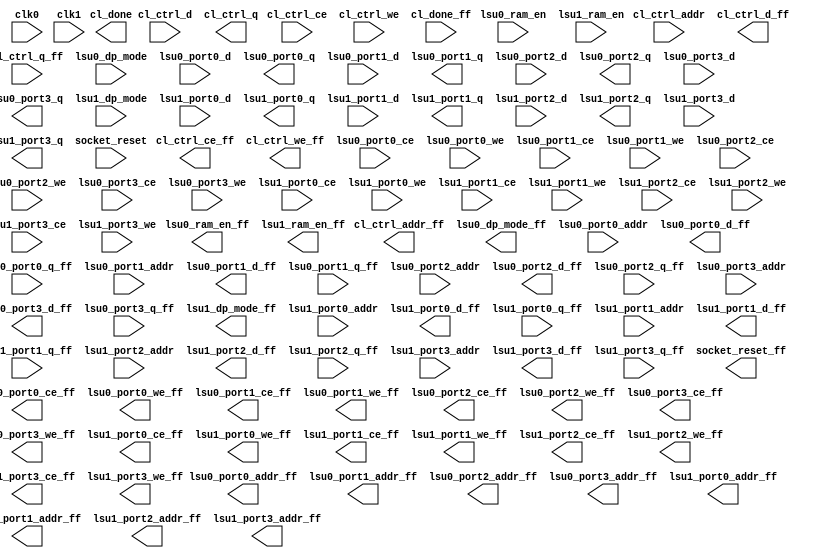
(* DONT_TOUCH="yes" *)
module ff_bridge(cl_ctrl_addr, cl_ctrl_addr_ff, cl_ctrl_ce, cl_ctrl_ce_ff, cl_ctrl_d, cl_ctrl_d_ff, cl_ctrl_q, cl_ctrl_q_ff, cl_ctrl_we, cl_ctrl_we_ff, cl_done, cl_done_ff, clk0, clk1, lsu0_dp_mode, lsu0_dp_mode_ff, lsu0_port0_addr, lsu0_port0_addr_ff, lsu0_port0_ce, lsu0_port0_ce_ff, lsu0_port0_d, lsu0_port0_d_ff, lsu0_port0_q, lsu0_port0_q_ff, lsu0_port0_we, lsu0_port0_we_ff, lsu0_port1_addr, lsu0_port1_addr_ff, lsu0_port1_ce, lsu0_port1_ce_ff, lsu0_port1_d, lsu0_port1_d_ff, lsu0_port1_q, lsu0_port1_q_ff, lsu0_port1_we, lsu0_port1_we_ff, lsu0_port2_addr, lsu0_port2_addr_ff, lsu0_port2_ce, lsu0_port2_ce_ff, lsu0_port2_d, lsu0_port2_d_ff, lsu0_port2_q, lsu0_port2_q_ff, lsu0_port2_we, lsu0_port2_we_ff, lsu0_port3_addr, lsu0_port3_addr_ff, lsu0_port3_ce, lsu0_port3_ce_ff, lsu0_port3_d, lsu0_port3_d_ff, lsu0_port3_q, lsu0_port3_q_ff, lsu0_port3_we, lsu0_port3_we_ff, lsu0_ram_en, lsu0_ram_en_ff, lsu1_dp_mode, lsu1_dp_mode_ff, lsu1_port0_addr, lsu1_port0_addr_ff, lsu1_port0_ce, lsu1_port0_ce_ff, lsu1_port0_d, lsu1_port0_d_ff, lsu1_port0_q, lsu1_port0_q_ff, lsu1_port0_we, lsu1_port0_we_ff, lsu1_port1_addr, lsu1_port1_addr_ff, lsu1_port1_ce, lsu1_port1_ce_ff, lsu1_port1_d, lsu1_port1_d_ff, lsu1_port1_q, lsu1_port1_q_ff, lsu1_port1_we, lsu1_port1_we_ff, lsu1_port2_addr, lsu1_port2_addr_ff, lsu1_port2_ce, lsu1_port2_ce_ff, lsu1_port2_d, lsu1_port2_d_ff, lsu1_port2_q, lsu1_port2_q_ff, lsu1_port2_we, lsu1_port2_we_ff, lsu1_port3_addr, lsu1_port3_addr_ff, lsu1_port3_ce, lsu1_port3_ce_ff, lsu1_port3_d, lsu1_port3_d_ff, lsu1_port3_q, lsu1_port3_q_ff, lsu1_port3_we, lsu1_port3_we_ff, lsu1_ram_en, lsu1_ram_en_ff, socket_reset, socket_reset_ff);//, stub_in, stub_out);
//  input stub_in;
//  output stub_out;
  input [11:0]cl_ctrl_addr;
  output [11:0]cl_ctrl_addr_ff;
  input cl_ctrl_ce;
  output cl_ctrl_ce_ff;
  input [31:0]cl_ctrl_d;
  output [31:0]cl_ctrl_d_ff;
  output [31:0]cl_ctrl_q;
  input [31:0]cl_ctrl_q_ff;
  input cl_ctrl_we;
  output cl_ctrl_we_ff;
  output cl_done;
  input cl_done_ff;
  input clk0;
  input clk1;
  input lsu0_dp_mode;
  output lsu0_dp_mode_ff;
  input [11:0]lsu0_port0_addr;
  output [11:0]lsu0_port0_addr_ff;
  input lsu0_port0_ce;
  output lsu0_port0_ce_ff;
  input [63:0]lsu0_port0_d;
  output [63:0]lsu0_port0_d_ff;
  output [63:0]lsu0_port0_q;
  input [63:0]lsu0_port0_q_ff;
  input lsu0_port0_we;
  output lsu0_port0_we_ff;
  input [11:0]lsu0_port1_addr;
  output [11:0]lsu0_port1_addr_ff;
  input lsu0_port1_ce;
  output lsu0_port1_ce_ff;
  input [63:0]lsu0_port1_d;
  output [63:0]lsu0_port1_d_ff;
  output [63:0]lsu0_port1_q;
  input [63:0]lsu0_port1_q_ff;
  input lsu0_port1_we;
  output lsu0_port1_we_ff;
  input [11:0]lsu0_port2_addr;
  output [11:0]lsu0_port2_addr_ff;
  input lsu0_port2_ce;
  output lsu0_port2_ce_ff;
  input [63:0]lsu0_port2_d;
  output [63:0]lsu0_port2_d_ff;
  output [63:0]lsu0_port2_q;
  input [63:0]lsu0_port2_q_ff;
  input lsu0_port2_we;
  output lsu0_port2_we_ff;
  input [11:0]lsu0_port3_addr;
  output [11:0]lsu0_port3_addr_ff;
  input lsu0_port3_ce;
  output lsu0_port3_ce_ff;
  input [63:0]lsu0_port3_d;
  output [63:0]lsu0_port3_d_ff;
  output [63:0]lsu0_port3_q;
  input [63:0]lsu0_port3_q_ff;
  input lsu0_port3_we;
  output lsu0_port3_we_ff;
  input [4:0]lsu0_ram_en;
  output [4:0]lsu0_ram_en_ff;
  input lsu1_dp_mode;
  output lsu1_dp_mode_ff;
  input [11:0]lsu1_port0_addr;
  output [11:0]lsu1_port0_addr_ff;
  input lsu1_port0_ce;
  output lsu1_port0_ce_ff;
  input [63:0]lsu1_port0_d;
  output [63:0]lsu1_port0_d_ff;
  output [63:0]lsu1_port0_q;
  input [63:0]lsu1_port0_q_ff;
  input lsu1_port0_we;
  output lsu1_port0_we_ff;
  input [11:0]lsu1_port1_addr;
  output [11:0]lsu1_port1_addr_ff;
  input lsu1_port1_ce;
  output lsu1_port1_ce_ff;
  input [63:0]lsu1_port1_d;
  output [63:0]lsu1_port1_d_ff;
  output [63:0]lsu1_port1_q;
  input [63:0]lsu1_port1_q_ff;
  input lsu1_port1_we;
  output lsu1_port1_we_ff;
  input [11:0]lsu1_port2_addr;
  output [11:0]lsu1_port2_addr_ff;
  input lsu1_port2_ce;
  output lsu1_port2_ce_ff;
  input [63:0]lsu1_port2_d;
  output [63:0]lsu1_port2_d_ff;
  output [63:0]lsu1_port2_q;
  input [63:0]lsu1_port2_q_ff;
  input lsu1_port2_we;
  output lsu1_port2_we_ff;
  input [11:0]lsu1_port3_addr;
  output [11:0]lsu1_port3_addr_ff;
  input lsu1_port3_ce;
  output lsu1_port3_ce_ff;
  input [63:0]lsu1_port3_d;
  output [63:0]lsu1_port3_d_ff;
  output [63:0]lsu1_port3_q;
  input [63:0]lsu1_port3_q_ff;
  input lsu1_port3_we;
  output lsu1_port3_we_ff;
  input [4:0]lsu1_ram_en;
  output [4:0]lsu1_ram_en_ff;
  input socket_reset;
  output socket_reset_ff;

endmodule